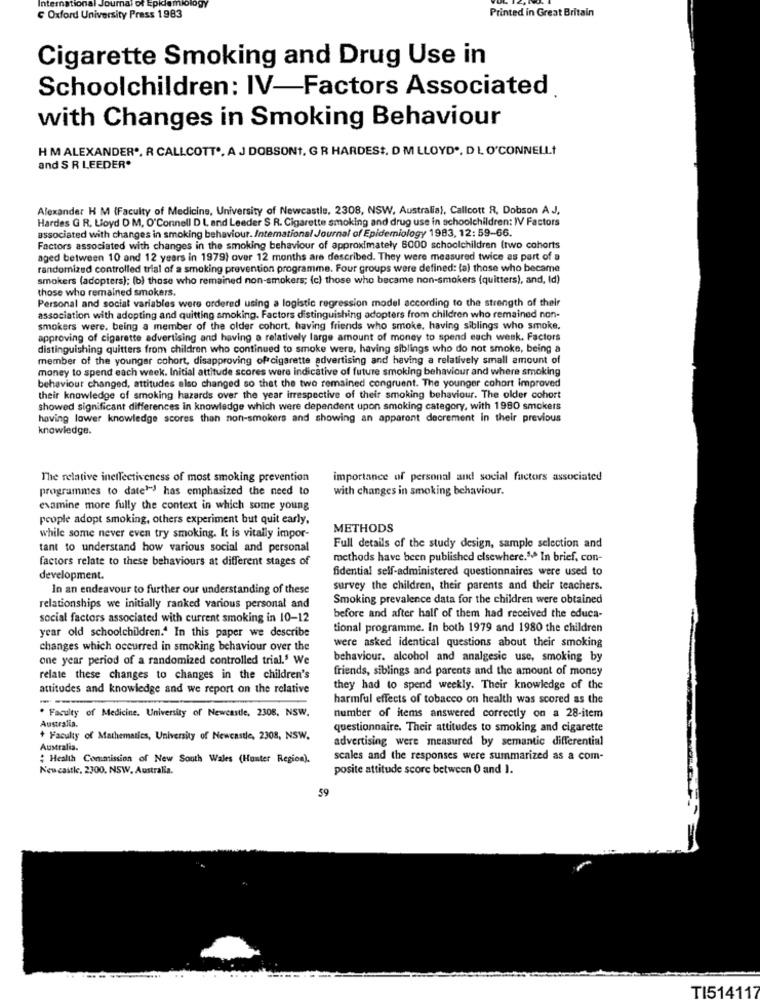
International Journal
emiology
G Oxford University Press 1983
Printed in Great Britain
Cigarette Smoking and Drug Use in
Schoolchildren: IV-Factors Associated
with Changes in Smoking Behaviour
H M ALEXANDER *, A CALLCOTT *, A J DOBSONT, G R HARDEST. D M LLOYD *. D L O'CONNELL
and S R LEEDER.
Alexander H M (Faculty of Medicine, University of Newcastle, 2308, NSW, Australia), Callcott R, Dobson A J.
Hardes G R. Lloyd D M, O'Connell D L, and Leeder $ R. Cigarette smoking and drug use in schoolchildren: WV Factors
associated with changes in smoking behaviour. International Journal of Epidemiology 1983, 12: 59-66.
Factors associated with changes in the smoking behaviour of approximately 8000 schoolchildren (two cohorts
aged between 10 and 12 years in 1979) over 12 months are described. They were measured twice as part of a
randomized controlled trial of a smoking prevention programme. Four groups were defined: (a) those who became
smokers (adopters); (b) those who remained non-smokers; (c) those who became non-smokers (quitters), and, Id)
those who remained smokers.
Personal and social variables were ordered using a logistic regression model according to the strength of their
association with adopting and quitting smoking. Factors distinguishing adopters from children who remained non-
smokers were, being a member of the older cohort, having friends who smoke, having siblings who smoke.
approving of cigarette advertising and having a relatively large amount of money to spend each week. Factors
distinguishing quitters from children who continued to smoke were, having siblings who do not smoke, being a
member of the younger cohort, disapproving of cigarette advertising and having a relatively small amount of
money to spend each week. Initial attitude scores were indicative of future smoking behaviour and where smoking
behaviour changed, attitudes also changed so that the two remained congruent. The younger cohort improved
their knowledge of smoking hazards over the year irrespective of their smoking behaviour. The older cohort
showed significant differences in knowledge which were dependent upon smoking category, with 1980 smokers
having lower knowledge scores than non-smokers and showing an apparent decrement in their previous
knowledge.
The relative ineffectiveness of most smoking prevention
importance of personal and social factors associated
programmes to date""" has emphasized the need to
with changes in smoking behaviour.
examine more fully the context in which some young
people adopt smoking, others experiment but quit early,
METHODS
while some never even try smoking. I is vitally impor-
tant to understand how various social and personal
Full details of the study design, sample selection and
factors relate to these behaviours at different stages of
methods have been published elsewhere.1.º In brief, con-
fidential self-administered questionnaires were used to
development.
In an endeavour to further our understanding of these
survey the children, their parents and their teachers.
Smoking prevalence data for the children were obtained
relationships we initially ranked various personal and
social factors associated with current smoking in 10-12
before and after half of them had received the educa-
tional programme. In both 1979 and 1980 the children
year old schoolchildren." In this paper we describe
were asked identical questions about their smoking
changes which occurred in smoking behaviour over the
one year period of a randomized controlled trial.' We
behaviour. alcohol and analgesic use, smoking by
friends, siblings and parents and the amount of money
relate these changes to changes in the children's
attitudes and knowledge and we report on the relative
they had to spend weekly. Their knowledge of the
harmful effects of tobacco on health was scored as the
. Faculty of Medicine. University of Newcastle, 2308, NSW.
number of items answered correctly on a 28-item
Australia.
questionnaire. Their attitudes to smoking and cigarette
+ Faculty of Mathematics, University of Newcastle, 2308, NSW.
advertising were measured by semantic differential
Australia.
: Health Commission of New South Wales (Hunter Region).
scales and the responses were summarized as a com-
Newcastle, 2300. NSW, Australia.
posite attitude score between 0 and 1.
59
TI514117